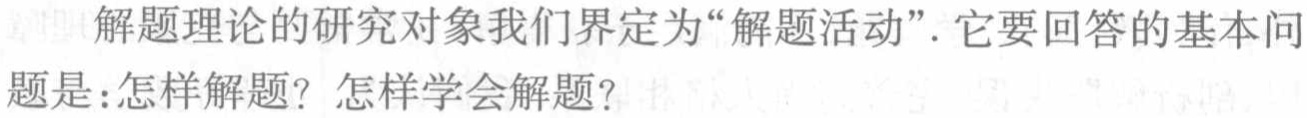
解题理论的研究对象我们界定为“解题活动”. 它要回答的基本问题是：怎样解题？怎样学会解题？